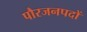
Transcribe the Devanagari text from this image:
पौरजनपदों